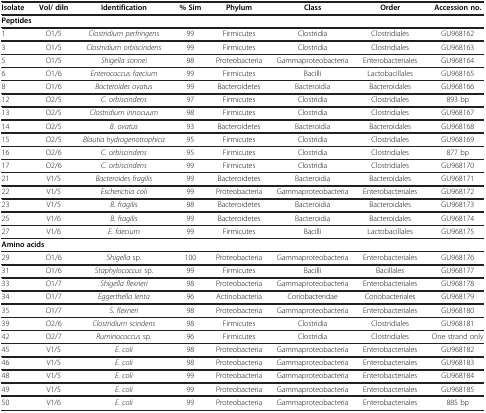
<table><thead><tr><td><b>Isolate</b></td><td><b>Vol/ diln</b></td><td><b>Identification</b></td><td><b>% Sim</b></td><td><b>Phylum</b></td><td><b>Class</b></td><td><b>Order</b></td><td><b>Accession no.</b></td></tr></thead><tbody><tr><td colspan="2"><b>Peptides</b></td><td> </td><td> </td><td> </td><td> </td><td> </td><td> </td></tr><tr><td>1</td><td>O1/5</td><td><i>Clostridium perfringens</i></td><td>99</td><td>Firmicutes</td><td>Clostridia</td><td>Clostridiales</td><td>GU968162</td></tr><tr><td>3</td><td>O1/5</td><td><i>Clostridium orbiscindens</i></td><td>99</td><td>Firmicutes</td><td>Clostridia</td><td>Clostridiales</td><td>GU968163</td></tr><tr><td>5</td><td>O1/5</td><td><i>Shigella sonnei</i></td><td>98</td><td>Proteobacteria</td><td>Gammaproteobacteria</td><td>Enterobacteriales</td><td>GU968164</td></tr><tr><td>6</td><td>O1/6</td><td><i>Enterococcus faecium</i></td><td>99</td><td>Firmicutes</td><td>Bacilli</td><td>Lactobacillales</td><td>GU968165</td></tr><tr><td>8</td><td>O1/6</td><td><i>Bacteroides ovatus</i></td><td>99</td><td>Bacteroidetes</td><td>Bacteroidia</td><td>Bacteroidales</td><td>GU968166</td></tr><tr><td>12</td><td>O2/5</td><td><i>C. orbiscindens</i></td><td>97</td><td>Firmicutes</td><td>Clostridia</td><td>Clostridiales</td><td>893 bp</td></tr><tr><td>13</td><td>O2/5</td><td><i>Clostridium innocuum</i></td><td>98</td><td>Firmicutes</td><td>Clostridia</td><td>Clostridiales</td><td>GU968167</td></tr><tr><td>14</td><td>O2/5</td><td><i>B. ovatus</i></td><td>93</td><td>Bacteroidetes</td><td>Bacteroidia</td><td>Bacteroidales</td><td>GU968168</td></tr><tr><td>15</td><td>O2/5</td><td><i>Blautia hydrogenotrophica</i></td><td>95</td><td>Firmicutes</td><td>Clostridia</td><td>Clostridiales</td><td>GU968169</td></tr><tr><td>16</td><td>O2/6</td><td><i>C. orbiscindens</i></td><td>95</td><td>Firmicutes</td><td>Clostridia</td><td>Clostridiales</td><td>877 bp</td></tr><tr><td>17</td><td>O2/6</td><td><i>C. orbiscindens</i></td><td>99</td><td>Firmicutes</td><td>Clostridia</td><td>Clostridiales</td><td>GU968170</td></tr><tr><td>21</td><td>V1/5</td><td><i>Bacteroides fragilis</i></td><td>99</td><td>Bacteroidetes</td><td>Bacteroidia</td><td>Bacteroidales</td><td>GU968171</td></tr><tr><td>22</td><td>V1/5</td><td><i>Escherichia coli</i></td><td>99</td><td>Proteobacteria</td><td>Gammaproteobacteria</td><td>Enterobacteriales</td><td>GU968172</td></tr><tr><td>23</td><td>V1/5</td><td><i>B. fragilis</i></td><td>98</td><td>Bacteroidetes</td><td>Bacteroidia</td><td>Bacteroidales</td><td>GU968173</td></tr><tr><td>25</td><td>V1/6</td><td><i>B. fragilis</i></td><td>99</td><td>Bacteroidetes</td><td>Bacteroidia</td><td>Bacteroidales</td><td>GU968174</td></tr><tr><td>27</td><td>V1/6</td><td><i>E. faecium</i></td><td>99</td><td>Firmicutes</td><td>Bacilli</td><td>Lactobacillales</td><td>GU968175</td></tr><tr><td colspan="2"><b>Amino acids</b></td><td> </td><td> </td><td> </td><td> </td><td> </td><td> </td></tr><tr><td>29</td><td>O1/6</td><td><i>Shigella</i> sp.</td><td>100</td><td>Proteobacteria</td><td>Gammaproteobacteria</td><td>Enterobacteriales</td><td>GU968176</td></tr><tr><td>31</td><td>O1/6</td><td><i>Staphylococcus</i> sp.</td><td>99</td><td>Firmicutes</td><td>Bacilli</td><td>Bacillales</td><td>GU968177</td></tr><tr><td>33</td><td>O1/7</td><td><i>Shigella flexneri</i></td><td>98</td><td>Proteobacteria</td><td>Gammaproteobacteria</td><td>Enterobacteriales</td><td>GU968178</td></tr><tr><td>34</td><td>O1/7</td><td><i>Eggerthella lenta</i></td><td>96</td><td>Actinobacteria</td><td>Coriobacteridae</td><td>Coriobacteriales</td><td>GU968179</td></tr><tr><td>35</td><td>O1/7</td><td><i>S. flexneri</i></td><td>98</td><td>Proteobacteria</td><td>Gammaproteobacteria</td><td>Enterobacteriales</td><td>GU968180</td></tr><tr><td>39</td><td>O2/6</td><td><i>Clostridium scindens</i></td><td>98</td><td>Firmicutes</td><td>Clostridia</td><td>Clostridiales</td><td>GU968181</td></tr><tr><td>42</td><td>O2/7</td><td><i>Ruminococcus</i> sp.</td><td>96</td><td>Firmicutes</td><td>Clostridia</td><td>Clostridiales</td><td>One strand only</td></tr><tr><td>45</td><td>V1/5</td><td><i>E. coli</i></td><td>98</td><td>Proteobacteria</td><td>Gammaproteobacteria</td><td>Enterobacteriales</td><td>GU968182</td></tr><tr><td>46</td><td>V1/5</td><td><i>E. coli</i></td><td>98</td><td>Proteobacteria</td><td>Gammaproteobacteria</td><td>Enterobacteriales</td><td>GU968183</td></tr><tr><td>48</td><td>V1/5</td><td><i>E. coli</i></td><td>99</td><td>Proteobacteria</td><td>Gammaproteobacteria</td><td>Enterobacteriales</td><td>GU968184</td></tr><tr><td>49</td><td>V1/5</td><td><i>E. coli</i></td><td>99</td><td>Proteobacteria</td><td>Gammaproteobacteria</td><td>Enterobacteriales</td><td>GU968185</td></tr><tr><td>50</td><td>V1/6</td><td><i>E. coli</i></td><td>99</td><td>Proteobacteria</td><td>Gammaproteobacteria</td><td>Enterobacteriales</td><td>885 bp</td></tr></tbody></table>